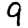
Digit: 9